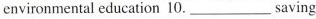
environmental education 10.___saving